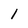
Character: 1